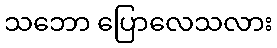
သဘော ပြောလေသလား